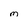
Character: M